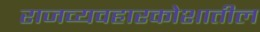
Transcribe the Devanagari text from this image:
राजव्यवहारकोशातील